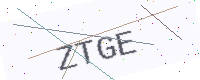
Text: ZTGE